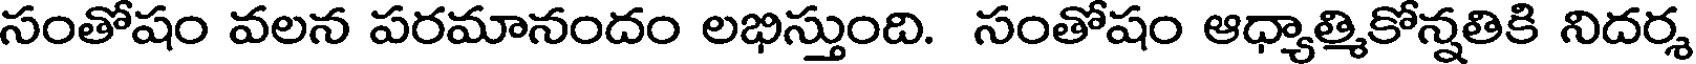
సంతోషం వలన పరమానందం లభిస్తుంది. సంతోషం ఆధ్యాత్మికోన్నతికి నిదర్శ